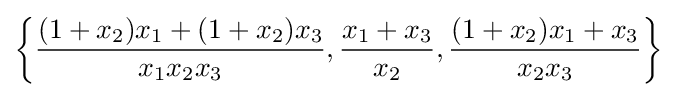
\left\{{\frac {(1+x_{2})x_{1}+(1+x_{2})x_{3}}{x_{1}x_{2}x_{3}}},{\frac {x_{1}+x_{3}}{x_{2}}},{\frac {(1+x_{2})x_{1}+x_{3}}{x_{2}x_{3}}}\right\}